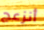
أنزعج